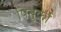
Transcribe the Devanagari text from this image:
पितुर्का